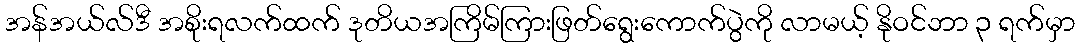
အန်အယ်လ်ဒီ အစိုးရလက်ထက် ဒုတိယအကြိမ်ကြားဖြတ်ရွေးကောက်ပွဲကို လာမယ့် နိုဝင်ဘာ ၃ ရက်မှာ